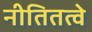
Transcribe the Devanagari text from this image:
नीतितत्वे